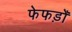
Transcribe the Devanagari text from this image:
फेफड़ोँ